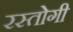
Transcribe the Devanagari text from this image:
रस्‍तोगी